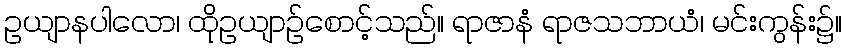
ဥယျာနပါလော၊ ထိုဥယျာဉ်စောင့်သည်။ ရာဇာနံ ရာဇသဘာယံ၊ မင်းကွန်း၌။